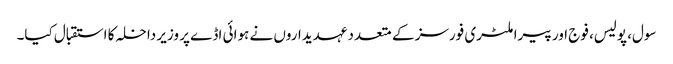
سول، پولیس، فوج اور پیرا ملٹری فورسز کے متعدد عہدیداروں نے ہوائی اڈے پر وزیر داخلہ کا استقبال کیا۔